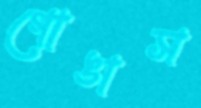
গোঙাস